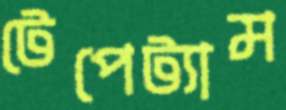
টেপেট্যাম